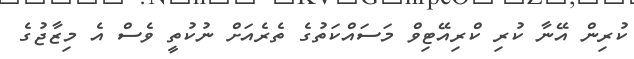
ކުރިން އޭނާ ކުރި ކްރިއޭޓިވް މަސައްކަތުގެ ތެރެއަށް ނުކުތީ ވެސް އެ މިޒާޖުގެ